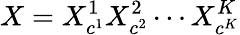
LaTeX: X=X_{c^{1}}^{1}X_{c^{2}}^{2}\cdots X_{c^{K}}^{K}